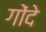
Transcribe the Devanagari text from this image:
गोंदे